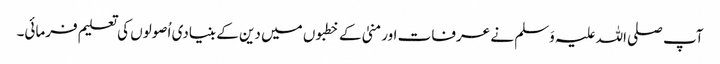
آپ صلی اللہ علیہ وَسلم نے عرفات اور منیٰ کے خطبوں میں دین کے بنیادی اُصولوں کی تعلیم فرمائی۔